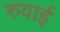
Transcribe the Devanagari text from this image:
रुवाई